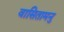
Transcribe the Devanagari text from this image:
वासितामनु